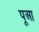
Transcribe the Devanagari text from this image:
पूआ